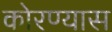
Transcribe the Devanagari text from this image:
कोरण्यास